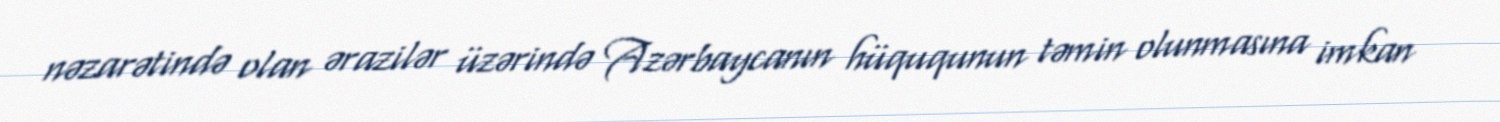
nəzarətində olan ərazilər üzərində Azərbaycanın hüququnun təmin olunmasına imkan